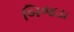
બિજડા